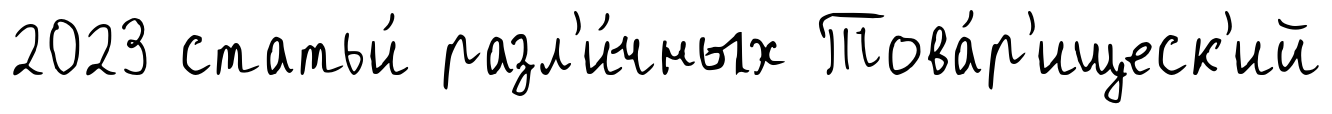
2023 статьи́ разл'и́чных Това́р'ищеск'ий